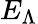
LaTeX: E_{\Lambda}